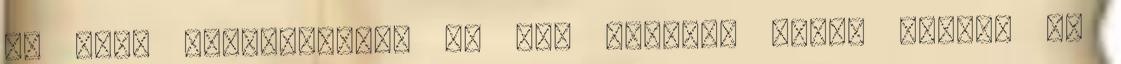
és újra beszívhatom. ez már sokáig. Olyan vagyok én